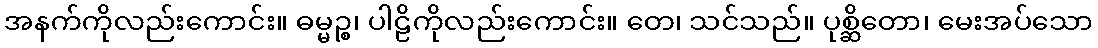
အနက်ကိုလည်းကောင်း။ ဓမ္မဉ္စ၊ ပါဠိကိုလည်းကောင်း။ တေ၊ သင်သည်။ ပုစ္ဆိတော၊ မေးအပ်သော